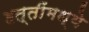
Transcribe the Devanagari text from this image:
हत्तींमध्ये